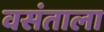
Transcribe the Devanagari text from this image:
वसंताला